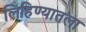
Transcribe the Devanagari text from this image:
लिहिण्यातला